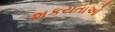
શકયતાઓ